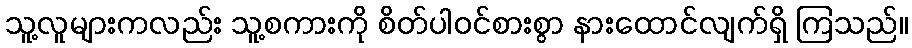
သူ့လူများကလည်း သူ့စကားကို စိတ်ပါဝင်စားစွာ နားထောင်လျက်ရှိ ကြသည်။